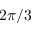
2 \pi / 3